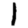
Digit: 1